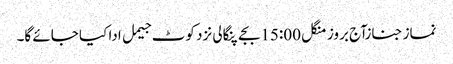
نماز جنازآج بروز منگل 15:00بجے پنگالی نزد کوٹ جیمل ادا کیا جائے گا۔